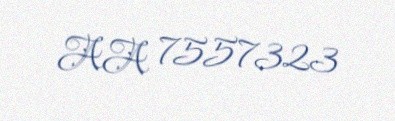
AA 7557323